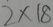
2 \times 1 8